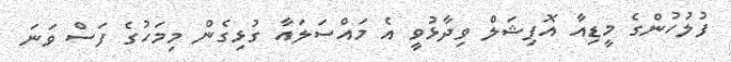
ފުލުހުންގެ މީޑިއާ އޮފިޝަލް ވިދާޅުވީ އެ މައްސަލައާ ގުޅިގެން މިމަހުގެ ފަސް ވަނަ